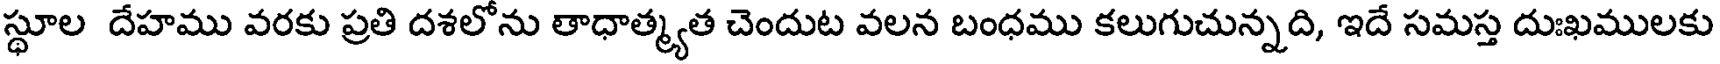
స్థూల దేహము వరకు ప్రతి దశలోను తాధాత్మ్యత చెందుట వలన బంధము కలుగుచున్నది, ఇదే సమస్త దుఃఖములకు